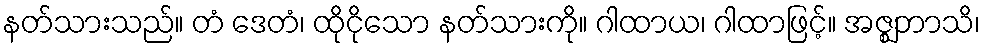
နတ်သားသည်။ တံ ဒေတံ၊ ထိုငိုသော နတ်သားကို။ ဂါထာယ၊ ဂါထာဖြင့်။ အဇ္ဈဘာသိ၊